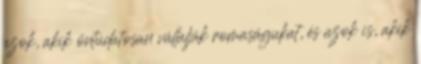
azok, akik öntudatosan vállalják romaságukat, és azok is, akik